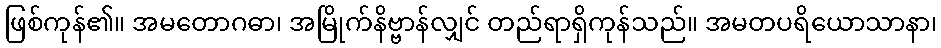
ဖြစ်ကုန်၏။ အမတောဂဓာ၊ အမြိုက်နိဗ္ဗာန်လျှင် တည်ရာရှိကုန်သည်။ အမတပရိယောသာနာ၊